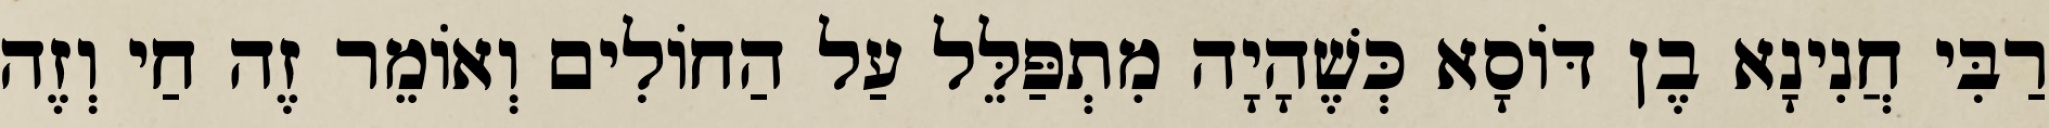
רַבִּי חֲנִינָא בֶן דּוֹסָא כְּשֶׁהָיָה מִתְפַּלֵּל עַל הַחוֹלִים וְאוֹמֵר זֶה חַי וְזֶה